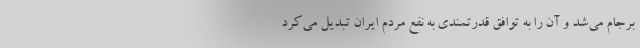
برجام می‌شد و آن را به توافق قدرتمندی به نفع مردم ایران تبدیل می‌کرد